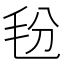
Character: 𰚑